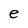
Character: e